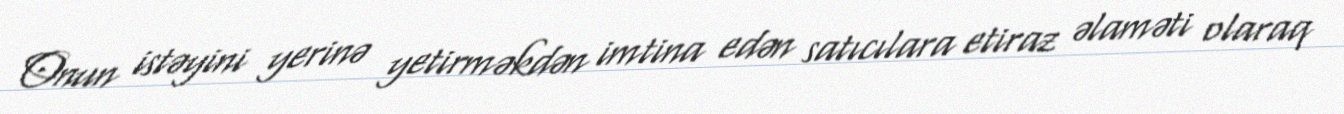
Onun istəyini yerinə yetirməkdən imtina edən satıcılara etiraz əlaməti olaraq